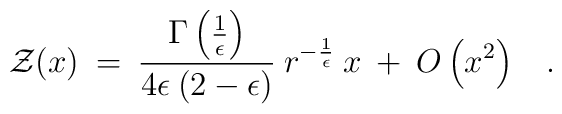
{\cal Z}(x) \>=\> { \Gamma \left({1 \over \epsilon}\right)\over 4 \epsilon \> (2 - \epsilon)} \> r^{-{1 \over \epsilon}} \> x \> + \> O\left( x^2 \right)\;\;\;.